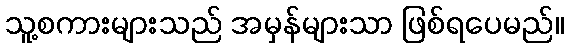
သူ့စကားများသည် အမှန်များသာ ဖြစ်ရပေမည်။